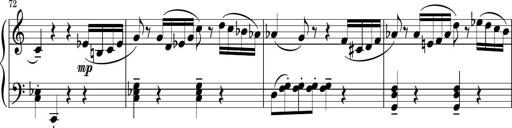
Title: Sonatina PandemÃ³nium
Composer: VÃ­ctor Carbajo
Key: C major